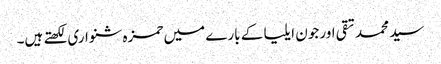
سید محمد تقی اور جون ایلیا کے بارے میں حمزہ شنواری لکھتے ہیں۔